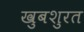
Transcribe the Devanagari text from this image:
खुबशुरत